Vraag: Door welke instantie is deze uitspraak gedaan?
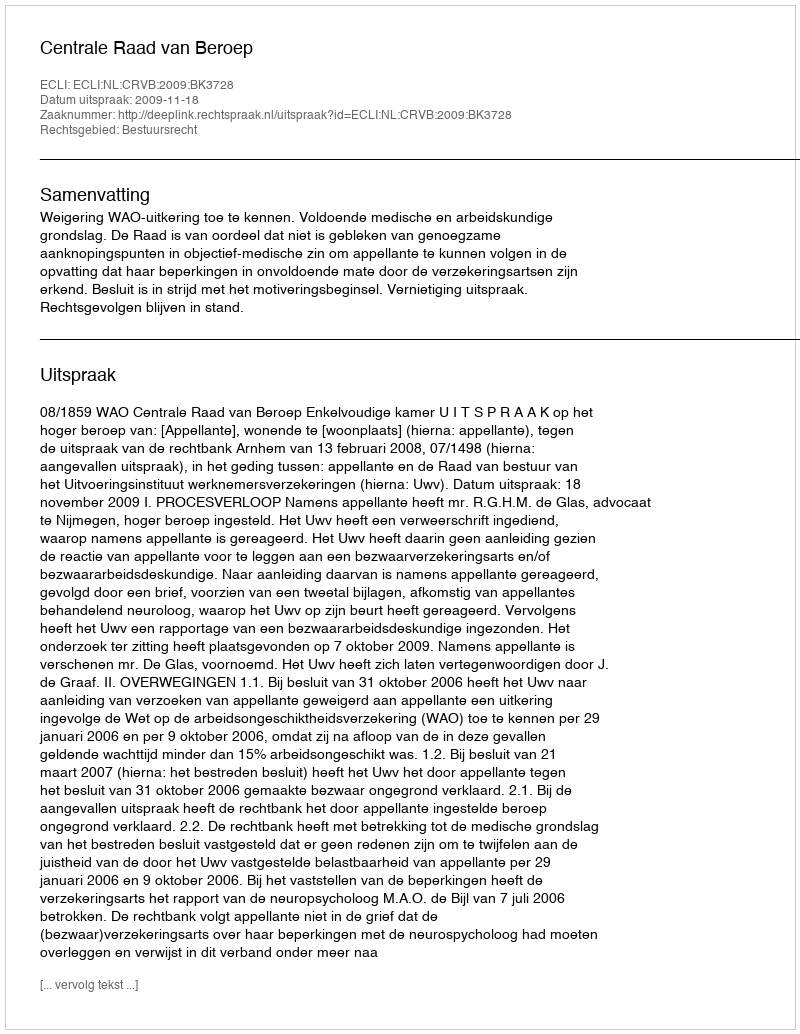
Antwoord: Centrale Raad van Beroep